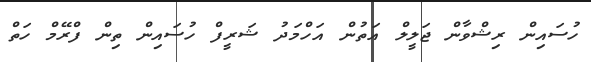
ހުސައިން ރިޝްވާން ޖަލީލް އަތުން އަހްމަދު ޝަރީފް ހުސައިން ތިން ފްރޭމް ހަތް